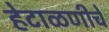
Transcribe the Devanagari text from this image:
हेटाळणीचे